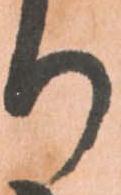
り